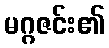
မဂ္ဂဇင်း၏